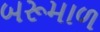
બરૂમાળ